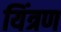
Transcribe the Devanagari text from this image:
यिंत्रण